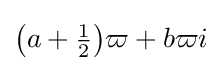
{\bigl (}a+{\tfrac {1}{2}}{\bigr )}\varpi +b\varpi i